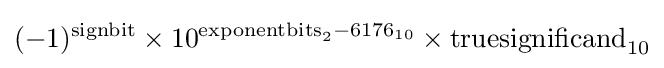
(-1)^{\text{signbit}}\times 10^{{\text{exponentbits}}_{2}-6176_{10}}\times {\text{truesignificand}}_{10}